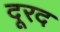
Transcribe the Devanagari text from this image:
दूरद